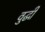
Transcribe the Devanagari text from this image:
वुद्धी